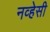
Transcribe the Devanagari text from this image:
नव्हेसी